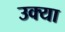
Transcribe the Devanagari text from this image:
उक्या